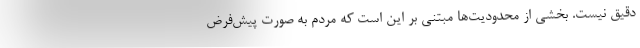
دقیق نیست. بخشی از محدودیت‌ها مبتنی بر این است که مردم به صورت پیش‌فرض